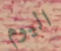
اليوم